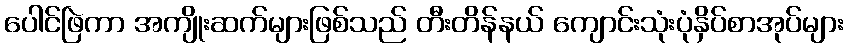
ပေါင်ဖြဲကာ အကျိုးဆက်များဖြစ်သည် တီးတိန်နယ် ကျောင်းသုံးပုံနှိပ်စာအုပ်များ